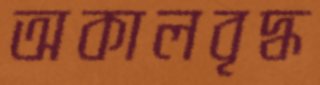
অকালবৃদ্ধ